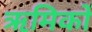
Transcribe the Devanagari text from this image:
ऋमिकों